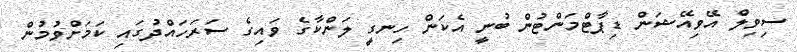
ސިވިލް އޭވިއޭޝަން ޑިޕާޓްމަންޓުން ބުނީ އެކަން ހިނގީ ލަންކާގެ ވައިގެ ސަރަހައްދުގައި ކަމަށްވުމުން